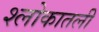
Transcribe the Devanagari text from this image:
श्लोकातली